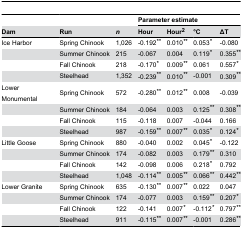
<table><thead><tr><td></td><td></td><td></td><td colspan="4"><b>Parameter estimate</b></td></tr><tr><td><b>Dam</b></td><td><b>Run</b></td><td><b><i>n</i></b></td><td><b>Hour</b></td><td><b>Hour<sup>2</sup></b></td><td><b>°C</b></td><td><b>ΔT</b></td></tr></thead><tbody><tr><td>Ice Harbor</td><td>Spring Chinook</td><td>1,026</td><td>-0.192<b><sup><i>**</i></sup></b></td><td>0.010<b><sup><i>**</i></sup></b></td><td>0.053<b><sup><i>*</i></sup></b></td><td>-0.080</td></tr><tr><td></td><td>Summer Chinook</td><td>215</td><td>-0.067</td><td>0.004</td><td>0.119<b><sup><i>*</i></sup></b></td><td>0.355<b><sup><i>**</i></sup></b></td></tr><tr><td></td><td>Fall Chinook</td><td>218</td><td>-0.170<b><sup><i>*</i></sup></b></td><td>0.009<b><sup><i>**</i></sup></b></td><td>0.061</td><td>0.557<b><sup><i>*</i></sup></b></td></tr><tr><td></td><td>Steelhead</td><td>1,352</td><td>-0.239<b><sup><i>**</i></sup></b></td><td>0.010<b><sup><i>**</i></sup></b></td><td>-0.001</td><td>0.309<b><sup><i>**</i></sup></b></td></tr><tr><td>Lower Monumental</td><td>Spring Chinook</td><td>572</td><td>-0.280<b><sup><i>**</i></sup></b></td><td>0.012<b><sup><i>**</i></sup></b></td><td>0.008</td><td>-0.039</td></tr><tr><td></td><td>Summer Chinook</td><td>184</td><td>-0.064</td><td>0.003</td><td>0.125<b><sup><i>**</i></sup></b></td><td>0.308<b><sup><i>**</i></sup></b></td></tr><tr><td></td><td>Fall Chinook</td><td>115</td><td>-0.118</td><td>0.007</td><td>-0.044</td><td>0.166</td></tr><tr><td></td><td>Steelhead</td><td>987</td><td>-0.159<b><sup><i>**</i></sup></b></td><td>0.007<b><sup><i>**</i></sup></b></td><td>0.035<b><sup><i>*</i></sup></b></td><td>0.124<b><sup><i>*</i></sup></b></td></tr><tr><td>Little Goose</td><td>Spring Chinook</td><td>880</td><td>-0.040</td><td>0.002</td><td>0.045<b><sup><i>*</i></sup></b></td><td>-0.122</td></tr><tr><td></td><td>Summer Chinook</td><td>174</td><td>-0.082</td><td>0.003</td><td>0.179<b><sup><i>**</i></sup></b></td><td>0.310</td></tr><tr><td></td><td>Fall Chinook</td><td>142</td><td>-0.098</td><td>0.006</td><td>0.218<b><sup><i>*</i></sup></b></td><td>0.792</td></tr><tr><td></td><td>Steelhead</td><td>1,048</td><td>-0.114<b><sup><i>**</i></sup></b></td><td>0.005<b><sup><i>**</i></sup></b></td><td>0.066<b><sup><i>**</i></sup></b></td><td>0.442<b><sup><i>**</i></sup></b></td></tr><tr><td>Lower Granite</td><td>Spring Chinook</td><td>635</td><td>-0.130<b><sup><i>**</i></sup></b></td><td>0.007<b><sup><i>**</i></sup></b></td><td>0.022</td><td>0.047</td></tr><tr><td></td><td>Summer Chinook</td><td>174</td><td>-0.077</td><td>0.003</td><td>0.159<b><sup><i>**</i></sup></b></td><td>0.207<b><sup><i>*</i></sup></b></td></tr><tr><td></td><td>Fall Chinook</td><td>122</td><td>-0.141</td><td>0.007<b><sup><i>*</i></sup></b></td><td>-0.112<b><sup><i>*</i></sup></b></td><td>0.797<b><sup><i>**</i></sup></b></td></tr><tr><td></td><td>Steelhead</td><td>911</td><td>-0.115<b><sup><i>**</i></sup></b></td><td>0.007<b><sup><i>**</i></sup></b></td><td>-0.001</td><td>0.286<b><sup><i>**</i></sup></b></td></tr></tbody></table>